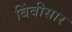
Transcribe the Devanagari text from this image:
बिंबीसार